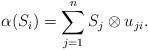
LaTeX: \begin{gather*} \alpha(S_i) = \sum_{j=1}^n S_j \otimes u_{ji}. \end{gather*}